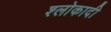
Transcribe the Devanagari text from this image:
श्लोकादी